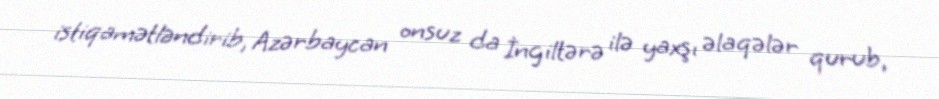
istiqamətləndirib, Azərbaycan onsuz da İngiltərə ilə yaxşı əlaqələr qurub,